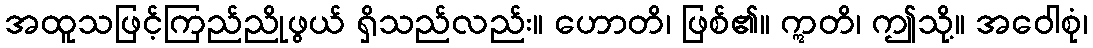
အထူသဖြင့်ကြည်ညိုဖွယ် ရှိသည်လည်း။ ဟောတိ၊ ဖြစ်၏။ ဣတိ၊ ဤသို့။ အဝေါစုံ၊